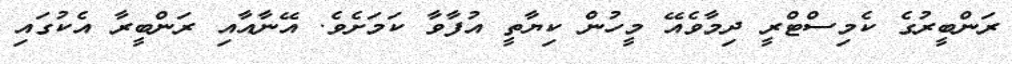
ރަންބީރުގެ ކެމިސްޓްރީ ދިމާވެއޭ މީހުން ކިޔާތީ އުފާވާ ކަމަށެވެ. އޭނާއާއި ރަންބީރާ އެކުގައި